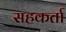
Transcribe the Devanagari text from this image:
सहकर्ता